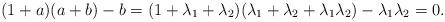
LaTeX: \begin{align*}(1 + a)(a + b) - b = (1 + \lambda_1 + \lambda_2)( \lambda_1 + \lambda_2 + \lambda_1\lambda_2) - \lambda_1\lambda_2 = 0.\end{align*}